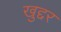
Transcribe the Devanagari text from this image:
खुद्दर